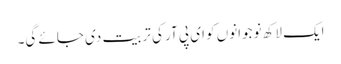
ایک لاکھ نوجوانوں کو ای پی آر کی تربیت دی جائے گی۔